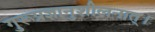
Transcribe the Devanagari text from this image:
गुरूप्रज्ञानुशीलनात्।